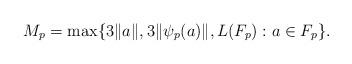
LaTeX: \begin{align*}M_p = \max\{3\lVert a\rVert,3\lVert \psi_p(a)\rVert,L(F_p) : a\in F_p \}.\end{align*}